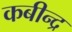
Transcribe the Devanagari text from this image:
कबीन्द्र